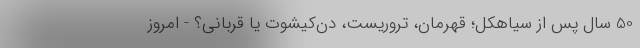
50 سال پس از سیاهکل؛ قهرمان، تروریست، دُن‌کیشوت یا قربانی؟ - امروز